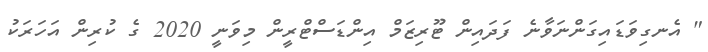
" އެނގިވަޑައިގަންނަވާނެ ފަދައިން ޓޫރިޒަމް އިންޑަސްޓްރީން މިވަނީ 2020 ގެ ކުރިން އަހަރަކު